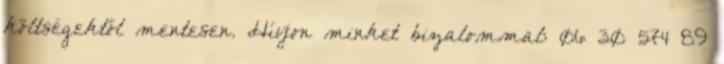
költségektől mentesen. Hívjon minket bizalommal: 06 30 574 89